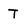
Character: T